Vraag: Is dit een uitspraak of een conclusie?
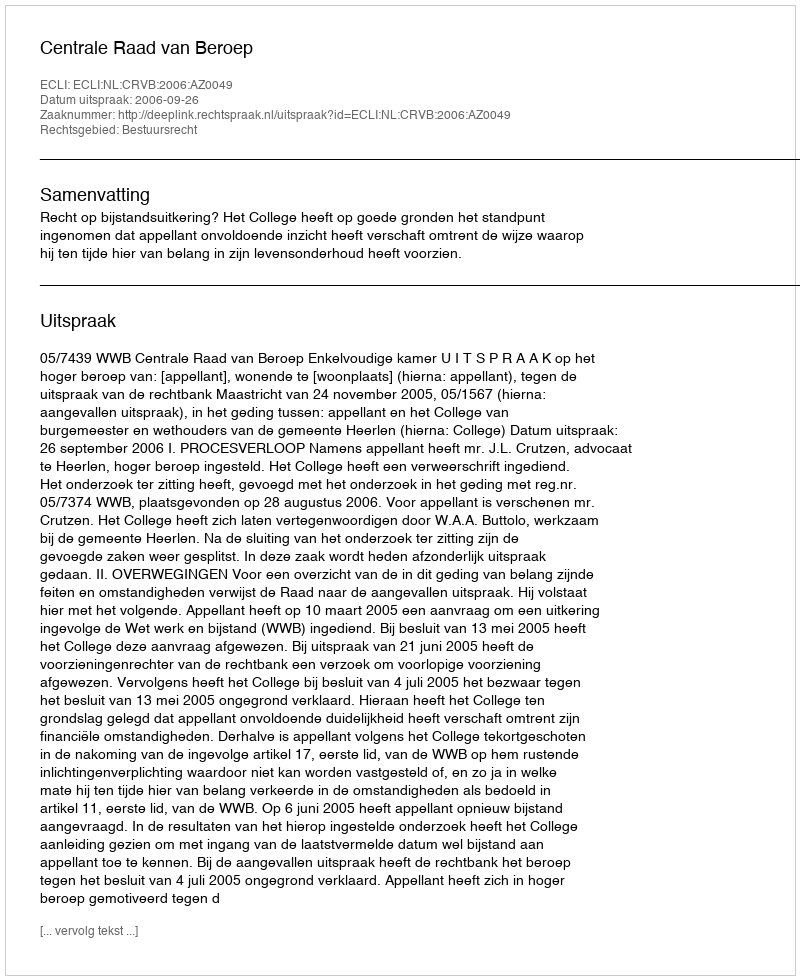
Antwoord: Uitspraak